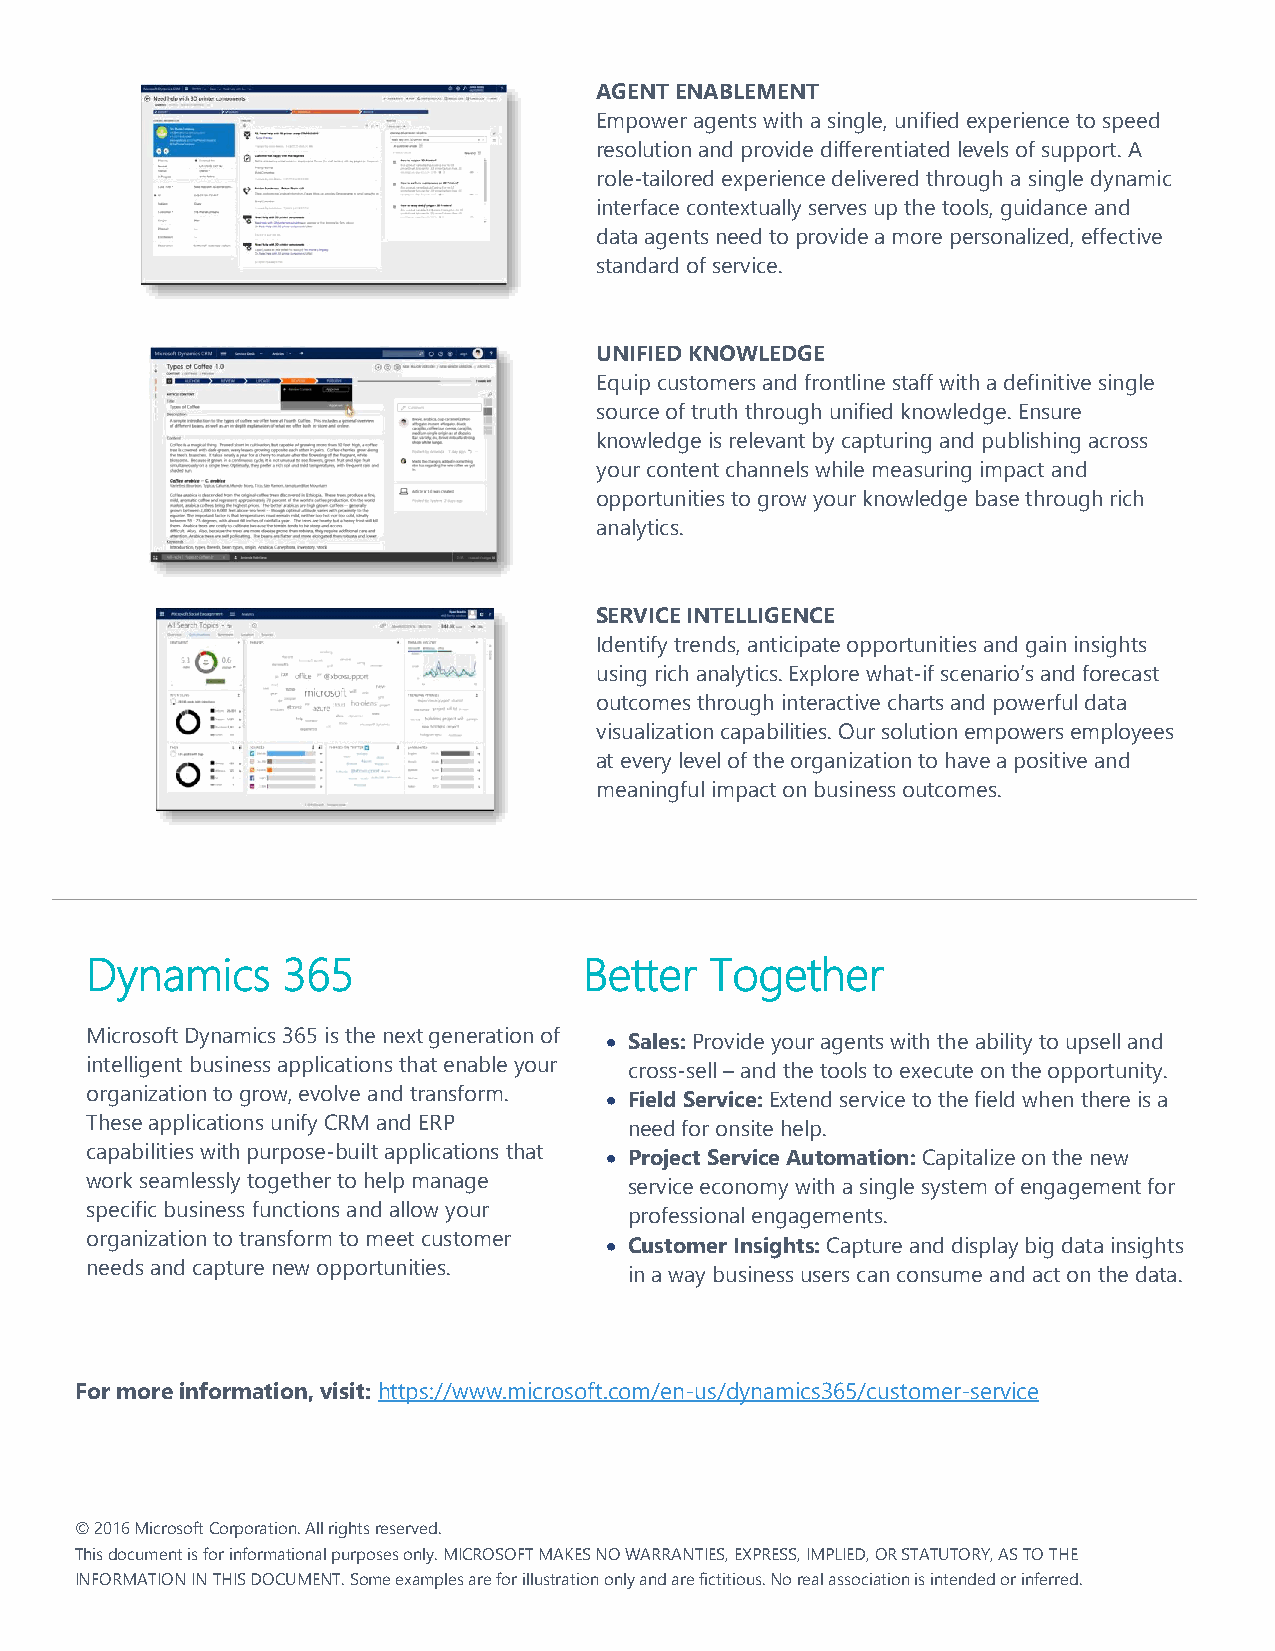
AGENT ENABLEMENT
 Empower agents with a single, unified experience to speed
 resolution and provide differentiated levels of support. A
 role-tailored experience delivered through a single dynamic
 interface contextually serves up the tools, guidance and
 data agents need to provide a more personalized, effective
 standard of service.
 UNIFIED KNOWLEDGE
 Equip customers and frontline staff with a definitive single
 source of truth through unified knowledge. Ensure
 knowledge is relevant by capturing and publishing across
 your content channels while measuring impact and
 opportunities to grow your knowledge base through rich
 analytics.
 SERVICE INTELLIGENCE
 Identify trends, anticipate opportunities and gain insights
 using rich analytics. Explore what-if scenario’s and forecast
 outcomes through interactive charts and powerful data
 visualization capabilities. Our solution empowers employees
 at every level of the organization to have a positive and
 meaningful impact on business outcomes.
 Dynamics     365                 Better  Together
 Microsoft Dynamics 365 is the next generation of  Sales: Provide your agents with the ability to upsell and
 intelligent business applications that enable your cross-sell – and the tools to execute on the opportunity.
 organization to grow, evolve and transform.  Field Service: Extend service to the field when there is a
 These applications unify CRM and ERP need for onsite help.
 capabilities with purpose-built applications that  Project Service Automation: Capitalize on the new
 work seamlessly together to help manage service economy with a single system of engagement for
 specific business functions and allow your professional engagements.
 organization to transform to meet customer
  Customer Insights: Capture and display big data insights
 needs and capture new opportunities. in a way business users can consume and act on the data.
 For more information, visit: https://www.microsoft.com/en-us/dynamics365/customer-service
 © 2016 Microsoft Corporation. All rights reserved.
 This document is for informational purposes only. MICROSOFT MAKES NO WARRANTIES, EXPRESS, IMPLIED, OR STATUTORY, AS TO THE
 INFORMATION IN THIS DOCUMENT. Some examples are for illustration only and are fictitious. No real association is intended or inferred.